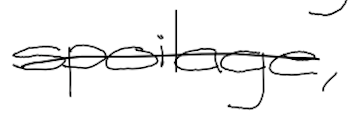
Text: spoilage,
Cross-out: single-line
Writing tool: digital_black